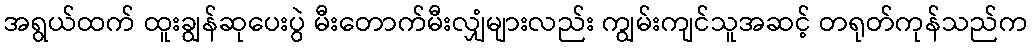
အရွယ်ထက် ထူးချွန်ဆုပေးပွဲ မီးတောက်မီးလျှံများလည်း ကျွမ်းကျင်သူအဆင့် တရုတ်ကုန်သည်က